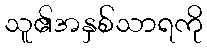
သူ၏အနှစ်သာရကို